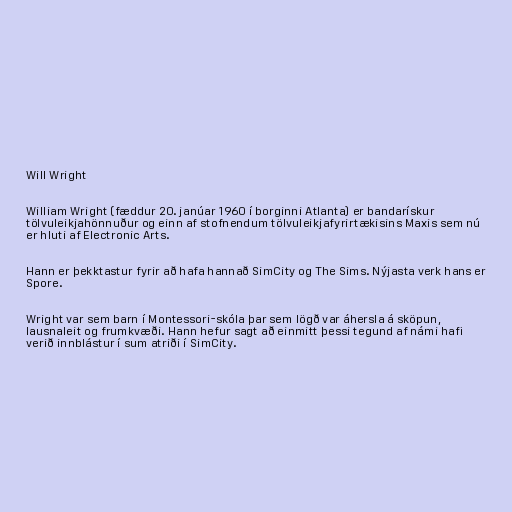
Will Wright

William Wright (fæddur 20. janúar 1960 í borginni Atlanta) er bandarískur
tölvuleikjahönnuður og einn af stofnendum tölvuleikjafyrirtækisins Maxis sem nú
er hluti af Electronic Arts.

Hann er þekktastur fyrir að hafa hannað SimCity og The Sims. Nýjasta verk hans er
Spore.

Wright var sem barn í Montessori-skóla þar sem lögð var áhersla á sköpun,
lausnaleit og frumkvæði. Hann hefur sagt að einmitt þessi tegund af námi hafi
verið innblástur í sum atriði í SimCity.